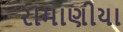
રામાણીયા